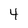
Character: 4